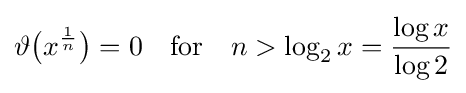
\vartheta {\big (}x^{\frac {1}{n}}{\big )}=0\quad {\text{for}}\quad n>\log _{2}x={\frac {\log x}{\log 2}}